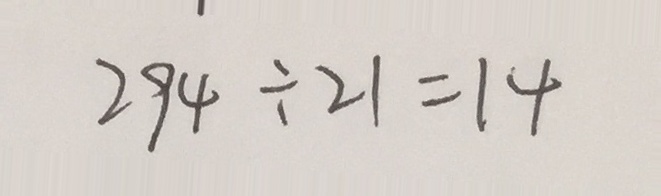
2 9 4 \div 2 1 = 1 4